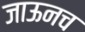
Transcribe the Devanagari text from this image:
जाऊनच